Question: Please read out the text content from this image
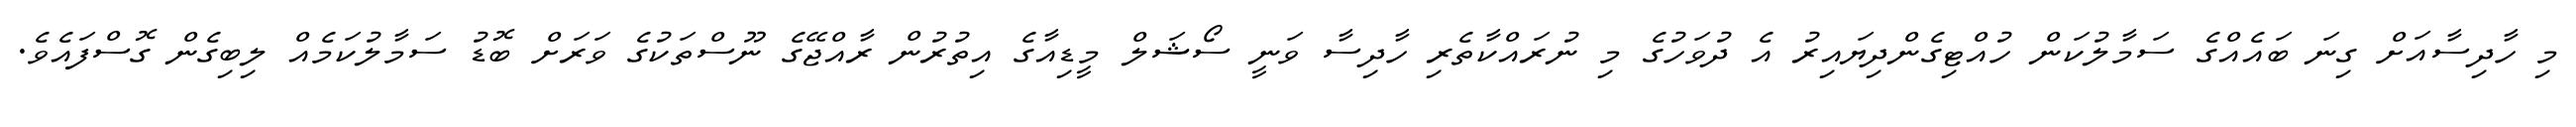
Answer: މި ހާދިސާއަށް ގިނަ ބައެއްގެ ސަމާލުކަން ހުއްޓިގެންދިޔައިރު އެ ދުވަހުގެ މި ނުރައްކާތެރި ހާދިސާ ވަނީ ސޯޝަލް މީޑިއާގެ އިތުރުން ރާއްޖޭގެ ނޫސްތަކުގެ ވަރަށް ބޮޑު ސަމާލުކަމެއް ލިބިގެން ގޮސްފައެވެ.